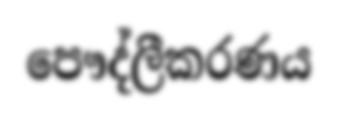
පෞද්ලීකරණය